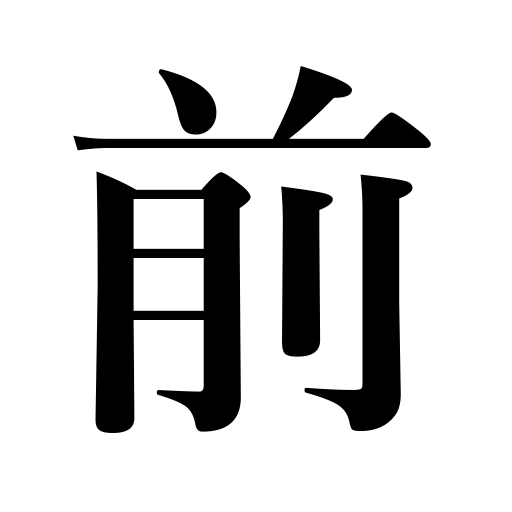
Meanings: ago,presence,five minutes to,fore part,front,head of a line,previously,before